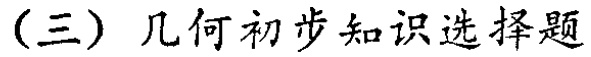
（三）几何初步知识选择题